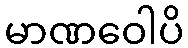
မာဏဝေါပိ